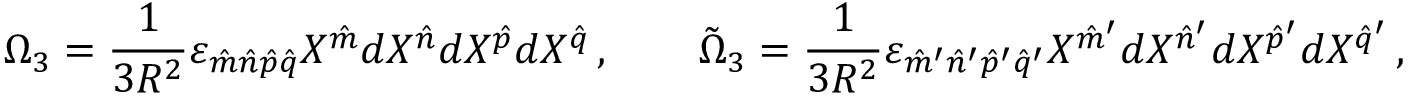
\Omega _ { 3 } = { \frac { 1 } { 3 R ^ { 2 } } } \varepsilon _ { \hat { m } \hat { n } \hat { p } \hat { q } } X ^ { \hat { m } } d X ^ { \hat { n } } d X ^ { \hat { p } } d X ^ { \hat { q } } \, , \qquad \tilde { \Omega } _ { 3 } = { \frac { 1 } { 3 R ^ { 2 } } } \varepsilon _ { \hat { m } ^ { \prime } \hat { n } ^ { \prime } \hat { p } ^ { \prime } \hat { q } ^ { \prime } } X ^ { \hat { m } ^ { \prime } } d X ^ { \hat { n } ^ { \prime } } d X ^ { \hat { p } ^ { \prime } } d X ^ { \hat { q } ^ { \prime } } \, ,